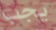
يجب